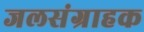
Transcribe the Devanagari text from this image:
जलसंग्राहक